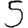
Digit: 5